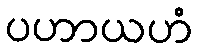
ပဟာယဟံ